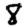
Digit: 8